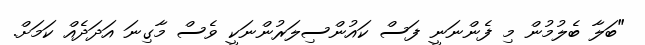
"ބަލާ ބެލުމުން މި ފެންނަނީ ފަސް ކައުންސިލަރުންނަކީ ވެސް މާގިނަ އަދަދެއް ކަމަށް.